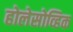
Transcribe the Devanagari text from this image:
होलेसोव्हिक